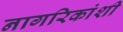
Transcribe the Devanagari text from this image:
नागरिकांशी